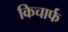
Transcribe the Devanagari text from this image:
किचार्फ